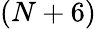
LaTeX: (N+6)